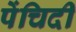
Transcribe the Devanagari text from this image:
पेंचिदी